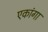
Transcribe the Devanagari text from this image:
एकांगा